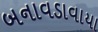
બનાવડાવાયા